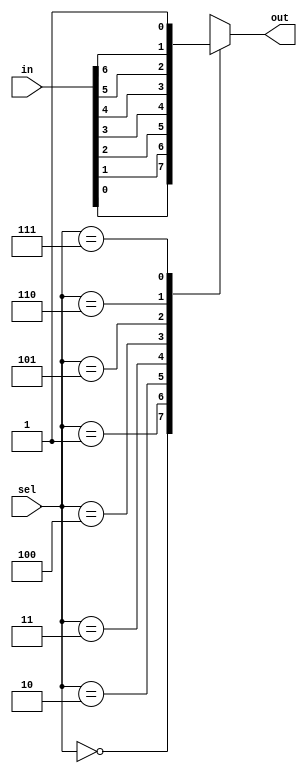
module mux_7to1(input [6:0] in,
				input [2:0] sel,
				output reg out);

always @ (sel or in) begin
case (sel)
	3'b000 : out <= in[0];
	3'b001 : out <= in[1];
	3'b010 : out <= in[2];
	3'b011 : out <= in[3];
	3'b100 : out <= in[4];
	3'b101 : out <= in[5];
	3'b110 : out <= in[6];
	3'b111 : out <= 1'b1;
	endcase
end
endmodule